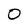
Character: O